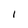
Character: 1